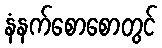
နံနက်စောစောတွင်